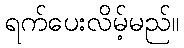
ရက်ပေးလိမ့်မည်။